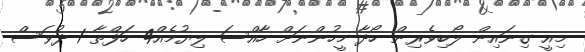
މިއީ ގިނައިން ލޯބިވެރިން ހޯދާ މީހުންނަށް ހާއްސަ ލިޔުމެއް4 ހަފްތާ 1 ދުވަސް